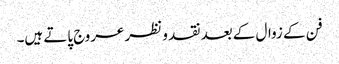
فن کے زوال کے بعد نقد و نظر عروج پاتے ہیں۔